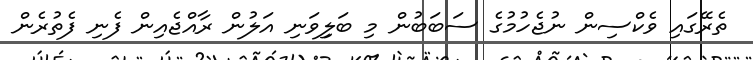
ތެރޭގައި ވެކްސިން ނުޖެހުމުގެ ސަބަބުން މި ބަލިިވަނި އަލުން ރާއްޖެއިން ފެނި ފެތުރެން